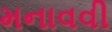
મનાવવી